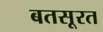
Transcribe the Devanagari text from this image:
बतसूरत